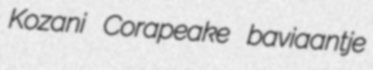
Kozani Corapeake baviaantje